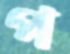
প